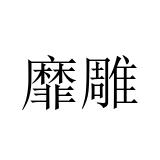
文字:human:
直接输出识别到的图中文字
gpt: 靡雕